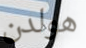
هولدن